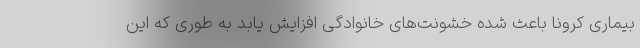
بیماری کرونا باعث شده خشونت‌های خانوادگی افزایش یابد به طوری که این